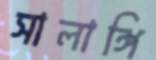
সালাঙ্গি